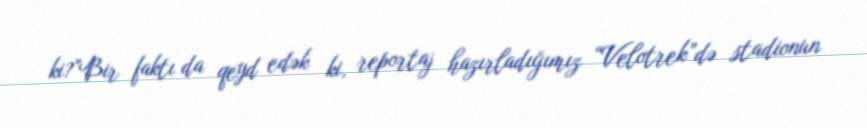
ki?”Bir faktı da qeyd edək ki, reportaj hazırladığımız “Velotrek”də stadionun